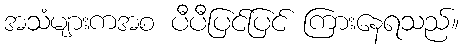
အသံများကအစ ပီပီပြင်ပြင် ကြားနေရသည်။